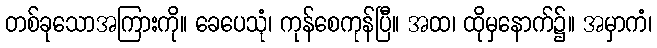
တစ်ခုသောအကြားကို။ ခေပေသုံ၊ ကုန်စေကုန်ပြီ။ အထ၊ ထိုမှနောက်၌။ အမှာကံ၊